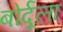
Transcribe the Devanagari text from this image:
बोर्दूला